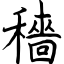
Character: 穡